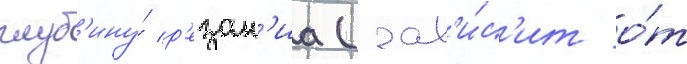
глуб'ину́ р'езан'иа (зав'и́с'ит о́т